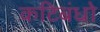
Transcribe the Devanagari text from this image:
कटिबंधो